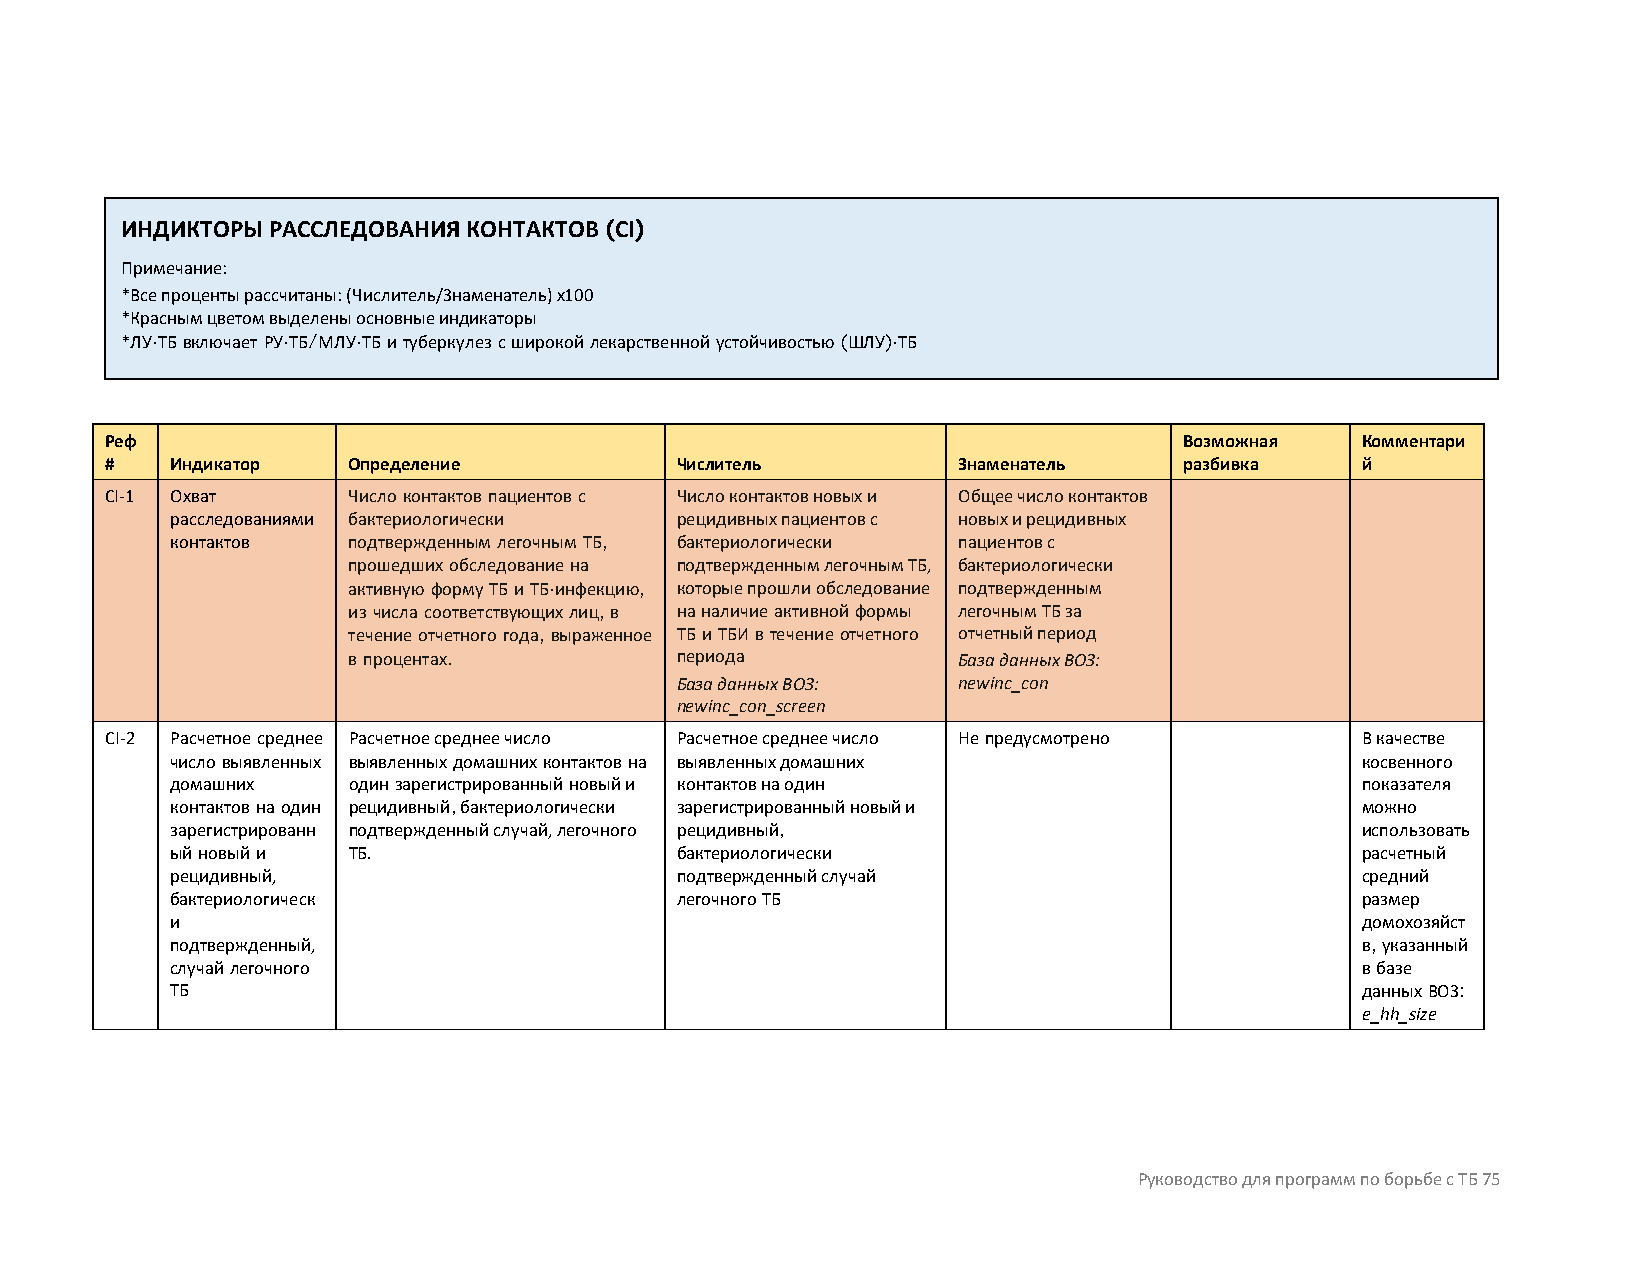
ИНДИКТОРЫ РАССЛЕДОВАНИЯ КОНТАКТОВ (CI)
 Примечание:
 *Все проценты рассчитаны: (Числитель/Знаменатель) x100
 *Красным цветом выделены основные индикаторы
 *ЛУ-ТБ включает РУ-ТБ/МЛУ-ТБ и туберкулез с широкой лекарственной устойчивостью (ШЛУ)-ТБ
 Реф                                                                    Возможная   Комментари
 #   Индикатор   Определение           Числитель         Знаменатель    разбивка    й
 CI-1 Охват      Число контактов пациентов с Число контактов новых и Общее число контактов
 расследованиями бактериологически рецидивных пациентов с новых и рецидивных
 контактов   подтвержденным легочным ТБ, бактериологически пациентов с
 прошедших обследование на подтвержденным легочным ТБ, бактериологически
 активную форму ТБ и ТБ-инфекцию, которые прошли обследование подтвержденным
 из числа соответствующих лиц, в на наличие активной формы легочным ТБ за
 течение отчетного года, выраженное ТБ и ТБИ в течение отчетного отчетный период
 в процентах.          периода           База данных ВОЗ:
 База данных ВОЗ:  newinc_con
 newinc_con_screen
 CI-2 Расчетное среднее Расчетное среднее число Расчетное среднее число Не предусмотрено В качестве
 число выявленных выявленных домашних контактов на выявленных домашних          косвенного
 домашних    один зарегистрированный новый и контактов на один                  показателя
 контактов на один рецидивный, бактериологически зарегистрированный новый и     можно
 зарегистрированн подтвержденный случай, легочного рецидивный,                  использовать
 ый новый и  ТБ.                   бактериологически                            расчетный
 рецидивный,                       подтвержденный случай                        средний
 бактериологическ                  легочного ТБ                                 размер
 и                                                                              домохозяйст
 подтвержденный,                                                                в, указанный
 случай легочного                                                               в базе
 ТБ                                                                             данных ВОЗ:
 e_hh_size
 Руководство для программ по борьбе с ТБ 75